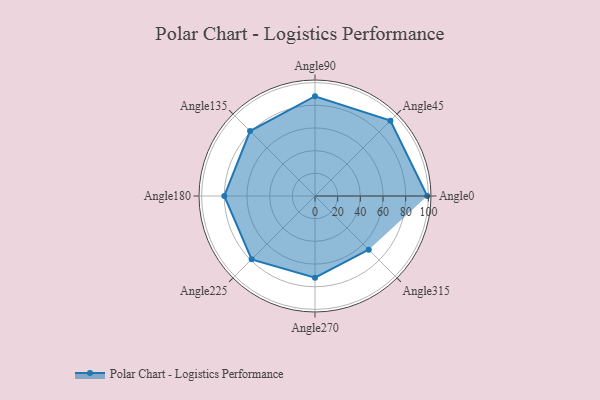
{"axis": {"x": "Angle", "y": "Radius"}, "legend": [""], "data": [{"x": "Angle0", "y": 99.0, "type": ""}, {"x": "Angle45", "y": 94.0, "type": ""}, {"x": "Angle90", "y": 88.0, "type": ""}, {"x": "Angle135", "y": 81.0, "type": ""}, {"x": "Angle180", "y": 80.0, "type": ""}, {"x": "Angle225", "y": 79.0, "type": ""}, {"x": "Angle270", "y": 72.0, "type": ""}, {"x": "Angle315", "y": 67.0, "type": ""}]}